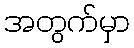
အတွက်မှာ